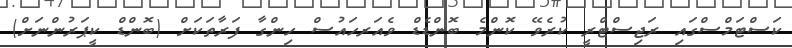
ކަސްޓަމްސްގައި ރަޖިސްޓްރީ ކުރެވޭ ކޮންމެ ބޮންޑެޑް ވެއަރހައުސް ހިންގާ ފަރާތަކަށް (ބޮންޑް ކީޕަރުންނަށް)